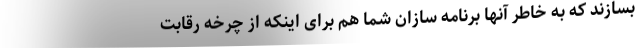
بسازند که به خاطر آنها برنامه سازان شما هم برای اینکه از چرخه رقابت